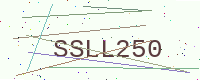
Text: SSLL250